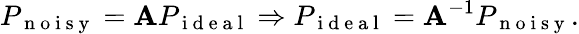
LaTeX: P_{\mathrm{~n~o~i~s~y~}}=\mathbf{A}P_{\mathrm{~i~d~e~a~l~}}\Rightarrow P_{\mathrm{~i~d~e~a~l~}}=\mathbf{A}^{-1}P_{\mathrm{~n~o~i~s~y~}}.